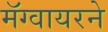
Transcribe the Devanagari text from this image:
मॅग्वायरने